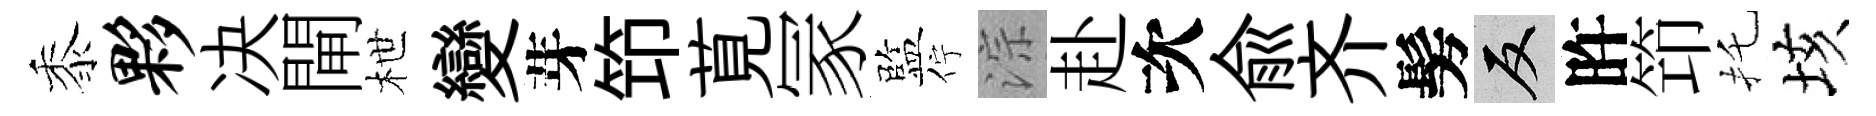
黍夥决閘枻變芽笻莧冡監佇淙赴次俞齐髣反旿笻托垓